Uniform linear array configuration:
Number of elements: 12
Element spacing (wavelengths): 0.5
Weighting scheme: uniform
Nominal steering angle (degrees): -15
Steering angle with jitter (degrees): -14.379
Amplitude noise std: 0.05
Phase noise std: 0.05

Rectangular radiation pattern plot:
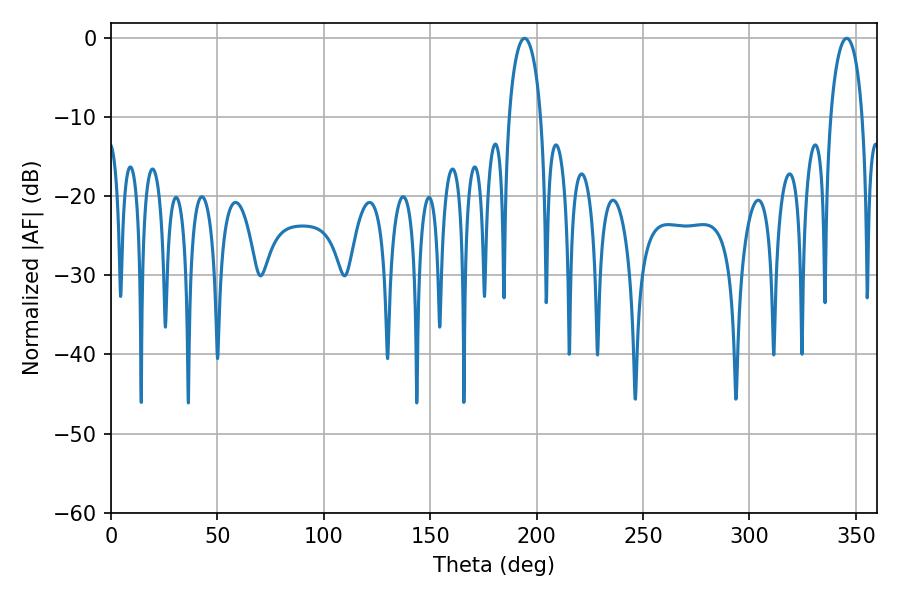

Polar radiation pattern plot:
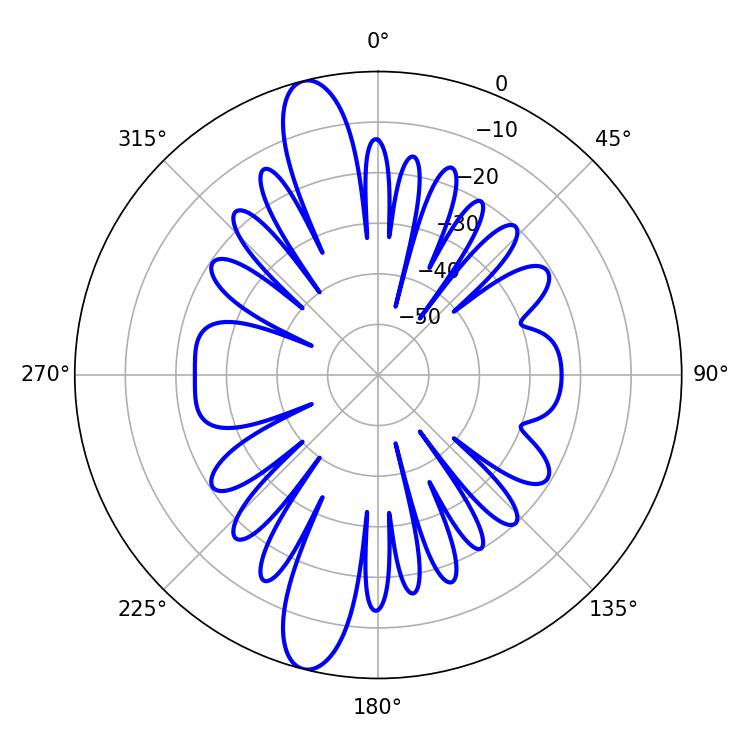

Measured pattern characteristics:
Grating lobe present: FALSE
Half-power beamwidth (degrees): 8.64
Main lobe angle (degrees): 194.4